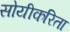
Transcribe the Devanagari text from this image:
सोयीकरिता